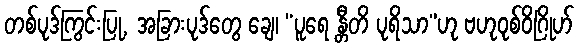
တစ်ပုဒ်ကြွင်းပြု, အခြားပုဒ်တွေ ချေ၊ “ပူရေ န္တီတိ ပုရိသာ”ဟု ဗဟုဝုစ်ဝိဂြိုဟ်